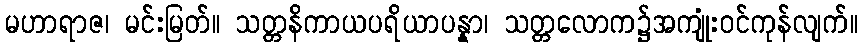
မဟာရာဇ၊ မင်းမြတ်။ သတ္တနိကာယပရိယာပန္နာ၊ သတ္တလောက၌အကျုံးဝင်ကုန်လျက်။